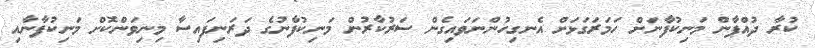
ކުރާ ދުއްޕާން މަނިކުފާނަށް ހަމަރަގަޅަށް އެނގިހުންނަވައިގެން ސަރުކާރުން މަނިކުފާނުގެ ދަރަނިފައިސާ މިނިވަންކޮށް މަނިކުފާނާއި